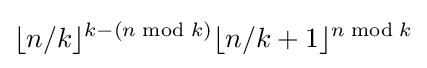
\lfloor n/k\rfloor ^{k-(n{\bmod {k}})}\lfloor n/k+1\rfloor ^{n{\bmod {k}}}